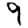
Digit: 9